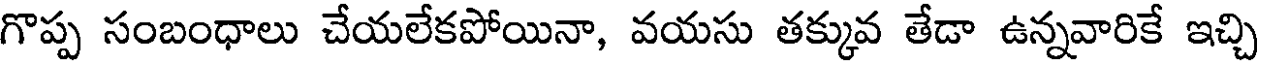
గొప్ప సంబంధాలు చేయలేకపోయినా, వయసు తక్కువ తేడా ఉన్నవారికే ఇచ్చి